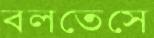
বলতেসে